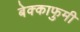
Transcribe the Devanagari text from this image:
बेक्काफुमी